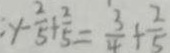
y - \frac { 2 } { 5 } + \frac { 2 } { 5 } = \frac { 3 } { 4 } + \frac { 2 } { 5 }